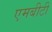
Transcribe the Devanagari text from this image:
एमबीटी